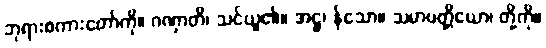
ဘုရားစကားတော်ကို။ ဂဏှာတိ၊ သင်ယူ၏။ အဋ္ဌ၊ န်သော။ သမာပတ္တိယော၊ တို့ကို။